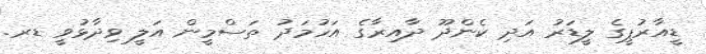
ޑީއާރުޕީގެ ލީޑަރު އަދި ކެންދޫ ދާއިރާގެ އަހުމަދު ތަސްމީން އަލީ ވިދާޅުވީ ޑރ.